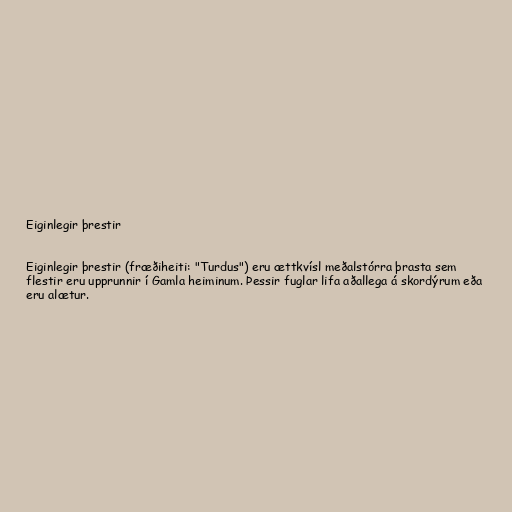
Eiginlegir þrestir

Eiginlegir þrestir (fræðiheiti: "Turdus") eru ættkvísl meðalstórra þrasta sem
flestir eru upprunnir í Gamla heiminum. Þessir fuglar lifa aðallega á skordýrum eða
eru alætur.